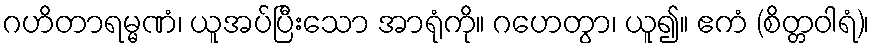
ဂဟိတာရမ္မဏံ၊ ယူအပ်ပြီးသော အာရုံကို။ ဂဟေတွာ၊ ယူ၍။ ဧကံ (စိတ္တဝါရံ)၊